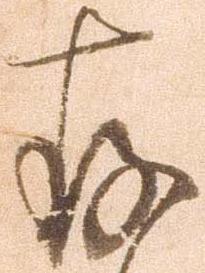
存